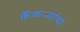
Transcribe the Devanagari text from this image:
केंकर्‍यांचा